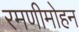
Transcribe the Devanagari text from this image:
रमणीमोहन